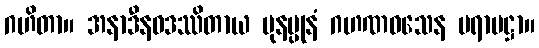
ဂဟိတာ။ အနာဒီနဝဒဿိတာယ ပုနပ္ပုနံ ဂဟဏဝသေန ပရာမဋ္ဌာ။